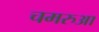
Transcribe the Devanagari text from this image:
चमरुआ